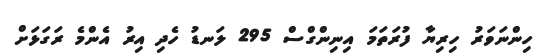
ހިންނަވަރު ހިރިޔާ ފުރަތަމަ އިނިންގްސް 295 ލަނޑު ހެދި އިރު އެންމެ ރަގަޅަށް